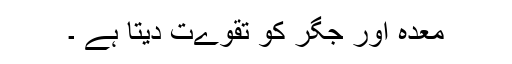
معدہ اور جگر کو تقوےت دیتا ہے ۔